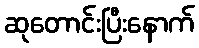
ဆုတောင်းပြီးနောက်